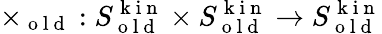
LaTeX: \times_{\mathrm{~o~l~d~}}:S_{\mathrm{~o~l~d~}}^{\mathrm{~k~i~n~}}\times S_{\mathrm{~o~l~d~}}^{\mathrm{~k~i~n~}}\to S_{\mathrm{~o~l~d~}}^{\mathrm{~k~i~n~}}